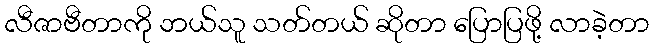
လီဇာဗီတာကို ဘယ်သူ သတ်တယ် ဆိုတာ ပြောပြဖို့ လာခဲ့တာ